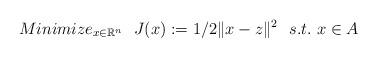
LaTeX: \begin{align*} Minimize_{x\in \mathbb{R}^n} \ \ J(x):=1/2\|x-z\|^2\ \ s.t.\ x\in A\end{align*}